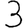
Digit: 3